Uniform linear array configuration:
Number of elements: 24
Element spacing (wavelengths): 1
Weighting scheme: hann
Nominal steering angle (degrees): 0
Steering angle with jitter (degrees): -1.743
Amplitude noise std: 0.05
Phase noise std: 0.05

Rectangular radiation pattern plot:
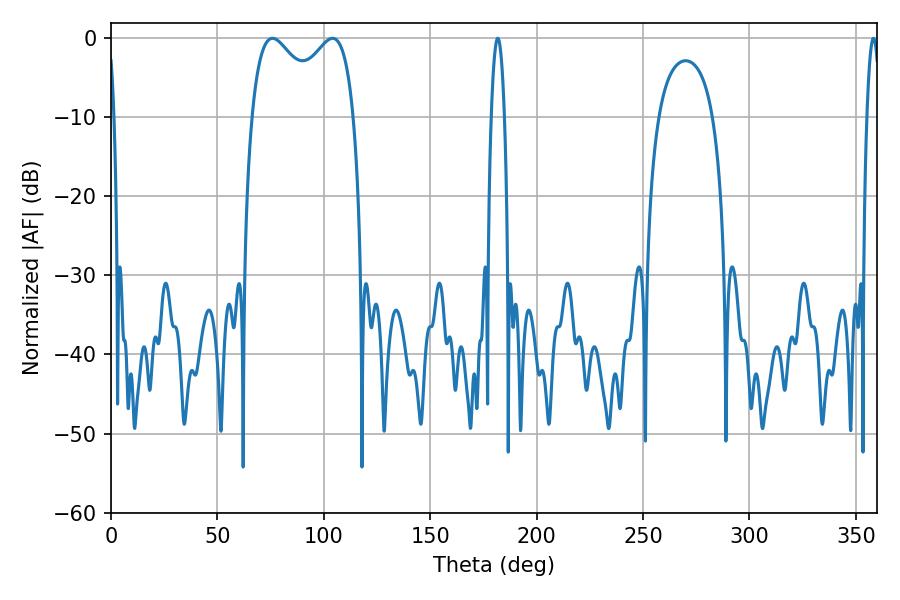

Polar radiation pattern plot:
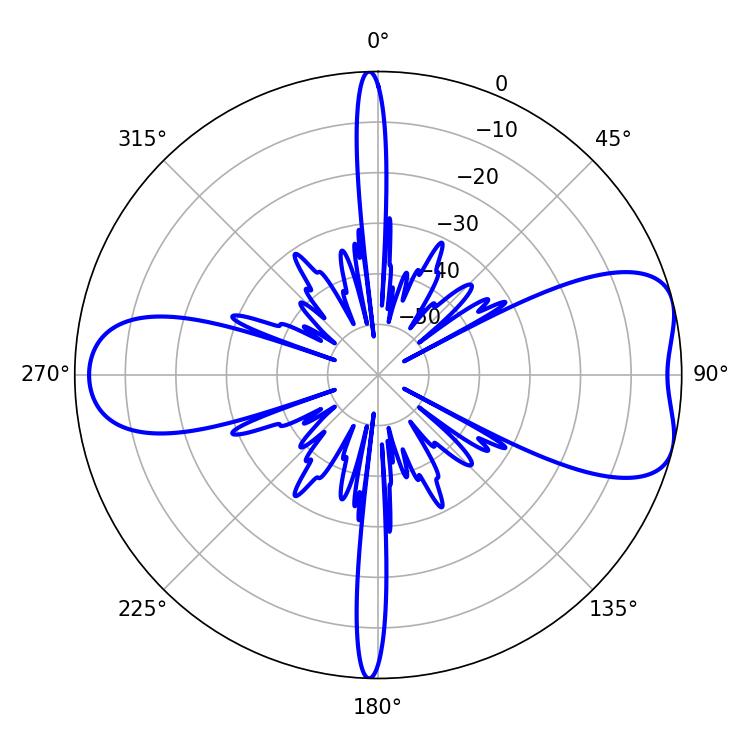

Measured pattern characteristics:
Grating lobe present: TRUE
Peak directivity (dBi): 7.09
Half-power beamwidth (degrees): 40.32
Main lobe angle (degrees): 75.96